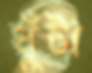
ঘুঁটা